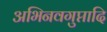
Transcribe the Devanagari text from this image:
अभिनवगुप्तादि